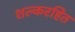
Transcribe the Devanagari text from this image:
शल्करहित